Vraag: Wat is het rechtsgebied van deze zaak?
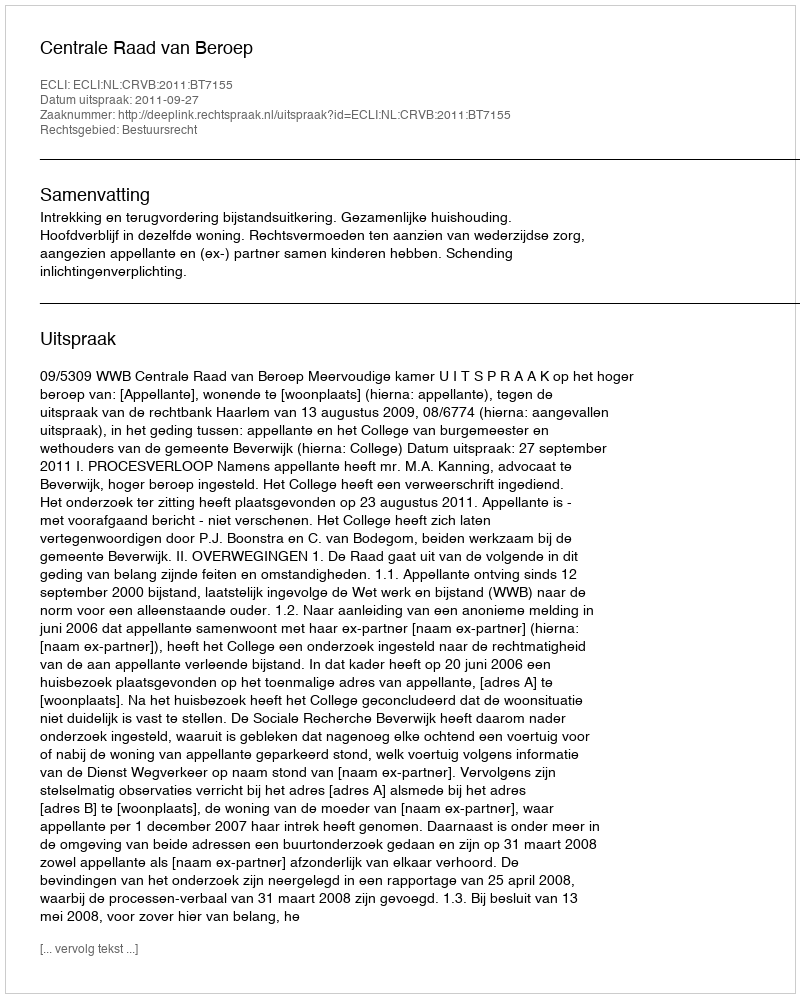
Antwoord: Bestuursrecht